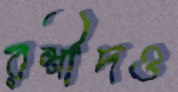
রশীদও